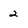
Character: 2